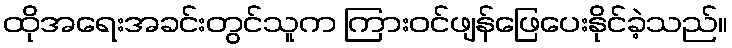
ထိုအရေးအခင်းတွင်သူက ကြားဝင်ဖျန်ဖြေပေးနိုင်ခဲ့သည်။